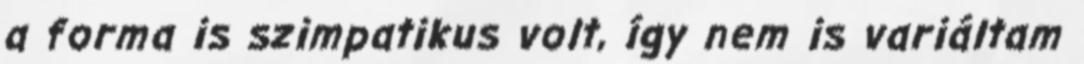
a forma is szimpatikus volt, így nem is variáltam